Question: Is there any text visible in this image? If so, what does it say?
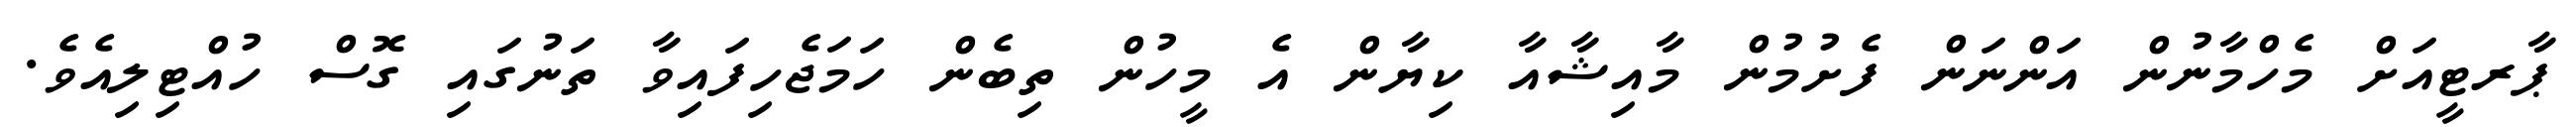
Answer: ޕާރޓީއަށް މެހްމާނުން އަންނަން ފެށުމުން މާއިޝާއާ ކިޔާން އެ މީހުން ތިބެން ހަމަޖެހިފައިވާ ތަނުގައި ގޮސް ހުއްޓިލިއެވެ.